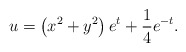
\begin{align*}u=\left( x^{2}+y^{2}\right) e^{t}+\frac{1}{4}e^{-t}.\end{align*}